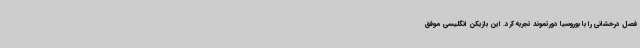
فصل درخشانی را با بوروسیا دورتموند تجربه کرد. این بازیکن انگلیسی موفق